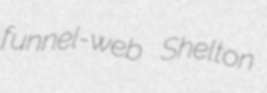
funnel-web Shelton